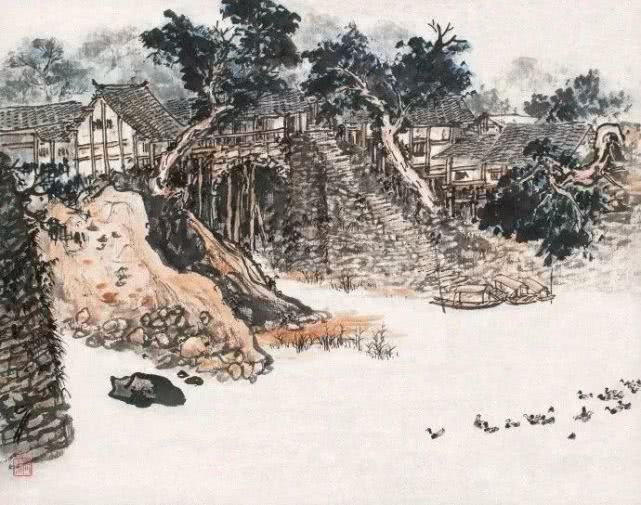
青绫被，莫忆金闺故步。